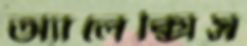
অ্যালেক্সিস